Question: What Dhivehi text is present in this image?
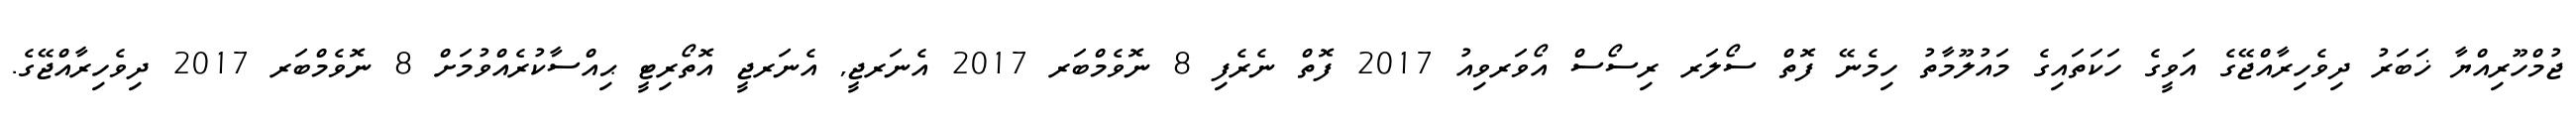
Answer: ޖުމްހޫރިއްޔާ ޚަބަރު ދިވެހިރާއްޖޭގެ އަވީގެ ހަކަތައިގެ މައުލޫމާތު ހިމެނޭ ފޮތް ސޯލަރ ރިސޯސް އޯވަރވިއު 2017 ފޮތް ނެރެފި 8 ނޮވެމްބަރ 2017 އެނަރޖީ, އެނަރޖީ އޮތޯރިޓީ ޙިއްސާކުރެއްވުމަށް 8 ނޮވެމްބަރ 2017 ދިވެހިރާއްޖޭގެ.